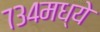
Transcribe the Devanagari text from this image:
७३४मध्ये